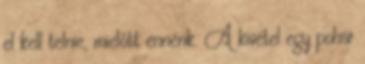
el kell telnie, mielőtt ennénk. A kivétel egy pohár